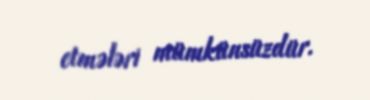
etmələri mümkünsüzdür.